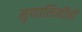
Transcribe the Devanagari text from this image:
मृणालिनींनी